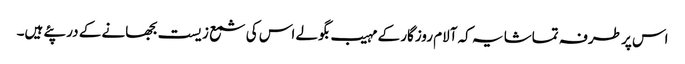
اس پر طرفہ تماشا یہ کہ آلام روزگار کے مہیب بگولے اس کی شمع زیست بجھانے کے در پئے ہیں۔